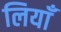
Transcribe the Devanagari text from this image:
लियाँ